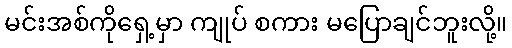
မင်းအစ်ကိုရှေ့မှာ ကျုပ် စကား မပြောချင်ဘူးလို့။